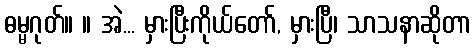
ဓမ္မဂုတ်။ ။ အဲ... မှားပြီးကိုယ်တော်, မှားပြီ၊ သာသနာဆိုတာ